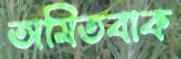
অমিতবাক